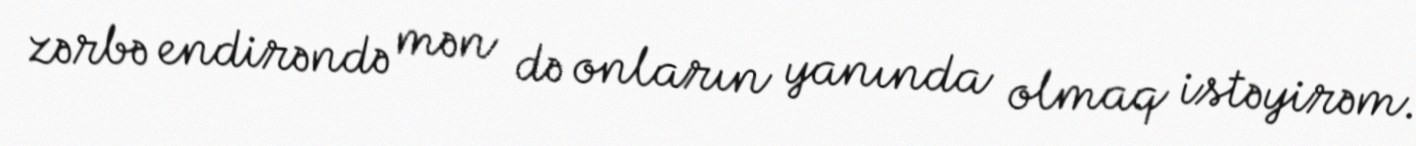
zərbə endirəndə mən də onların yanında olmaq istəyirəm.